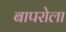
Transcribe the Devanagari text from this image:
बापरोला